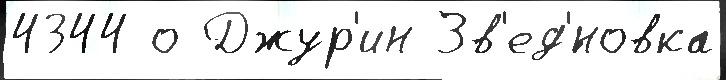
4344 о Джур'ин Зв'ед'́новка